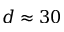
d \approx 3 0